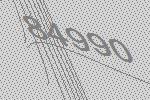
84990